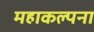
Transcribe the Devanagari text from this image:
महाकल्पना